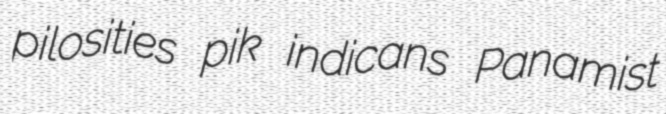
pilosities pik indicans Panamist